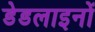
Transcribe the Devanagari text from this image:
डेडलाइनों